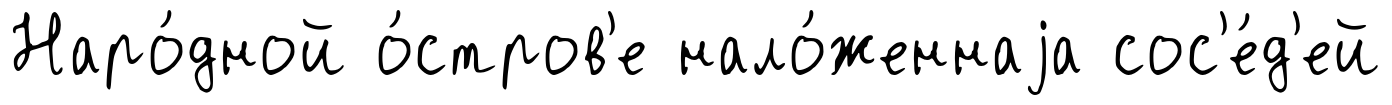
Наро́дной о́стров'е нало́женнаjа сос'е́д'ей